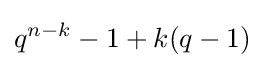
q^{n-k}-1+k(q-1)